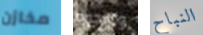
مخازن والنجوم النباح